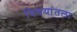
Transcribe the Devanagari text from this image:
विषयांतला